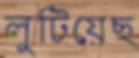
লুটিয়েছ